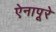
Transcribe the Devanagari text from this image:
ऐनापूरे